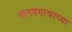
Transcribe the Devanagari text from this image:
मानवमात्राच्या